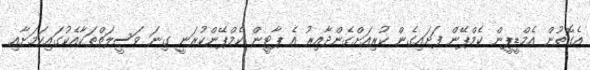
އެގޮތުން އެމްޑީޕީން ކެމްޕޭން ފަށައިގެން ކުރިއަށްގެންދާއިރު އެ ޕާޓީން ކެމްޕޭންކުރަނީ ގިނަ ވަސީލަތްތަކާއެކުގައިކަމަށާއި